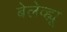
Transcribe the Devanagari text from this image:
बेलेव्ह्यू